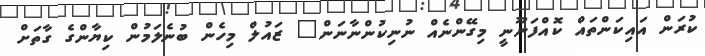
ކުރަން އައިކަންތައް ކޮއްފަނޫނީ މިގޭންނެއް ނުނިކުންނާނަން" ޒައުލް މިހެން ބުނެލަމުން ކިޔާންގެ ގާތަށް